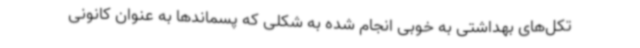
تکل‌های بهداشتی به خوبی انجام شده به شکلی که پسماندها به عنوان کانونی